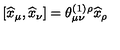
\left[ \widehat { x } _ { \mu } , \widehat { x } _ { \nu } \right] = \theta _ { \mu \nu } ^ { ( 1 ) } { } ^ { \rho } \widehat { x } _ { \rho }